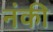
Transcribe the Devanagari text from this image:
नंकी